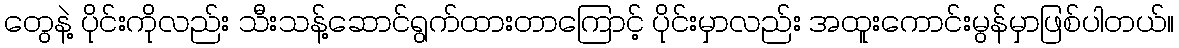
တွေနဲ့ ပိုင်းကိုလည်း သီးသန့်ဆောင်ရွက်ထားတာကြောင့် ပိုင်းမှာလည်း အထူးကောင်းမွန်မှာဖြစ်ပါတယ်။